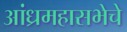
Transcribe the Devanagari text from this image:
आंध्रमहासभेचे